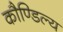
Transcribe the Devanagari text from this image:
कौण्डिल्य